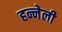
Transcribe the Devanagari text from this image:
हन्नेली